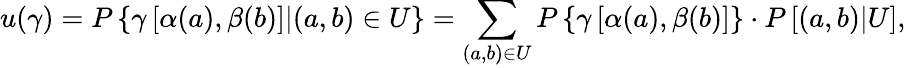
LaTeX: u(\gamma)=P\left\{ \gamma\left[\alpha(a),\beta(b)\right]|(a,b)\in U\right\} =\sum_{(a,b)\in U}P\left\{ \gamma\left[\alpha(a),\beta(b)\right]\right\} \cdot P\left[(a,b)|U\right],